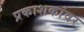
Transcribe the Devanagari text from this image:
प्रकाशकांवर